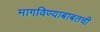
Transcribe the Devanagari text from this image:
मागविण्याबाबतची